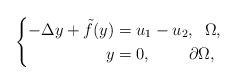
LaTeX: \begin{align*}\left \{\begin{aligned}-\Delta y + \tilde{f}( y)&=u_{1}-u_{2}, \;\; \Omega,\\y&=0, \;\quad\quad\partial \Omega,\end{aligned}\right. \end{align*}